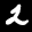
Label: 2